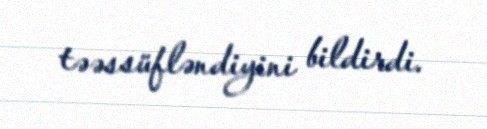
təəssüfləndiyini bildirdi.